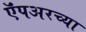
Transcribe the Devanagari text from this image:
ऍंपअरच्या